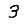
Digit: 3